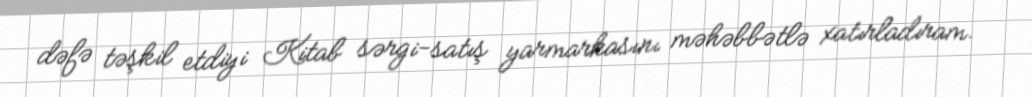
dəfə təşkil etdiyi Kitab sərgi-satış yarmarkasını məhəbbətlə xatırladıram.